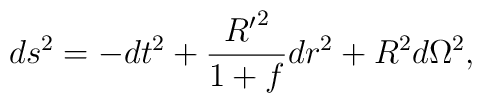
d{s^2}=-d{t^2}+{{{R'}^2}\over{1+f}}d{r^2}+{R^2}d{\Omega^2},